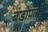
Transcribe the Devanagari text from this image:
बंडोपंतांचे